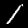
Digit: 1